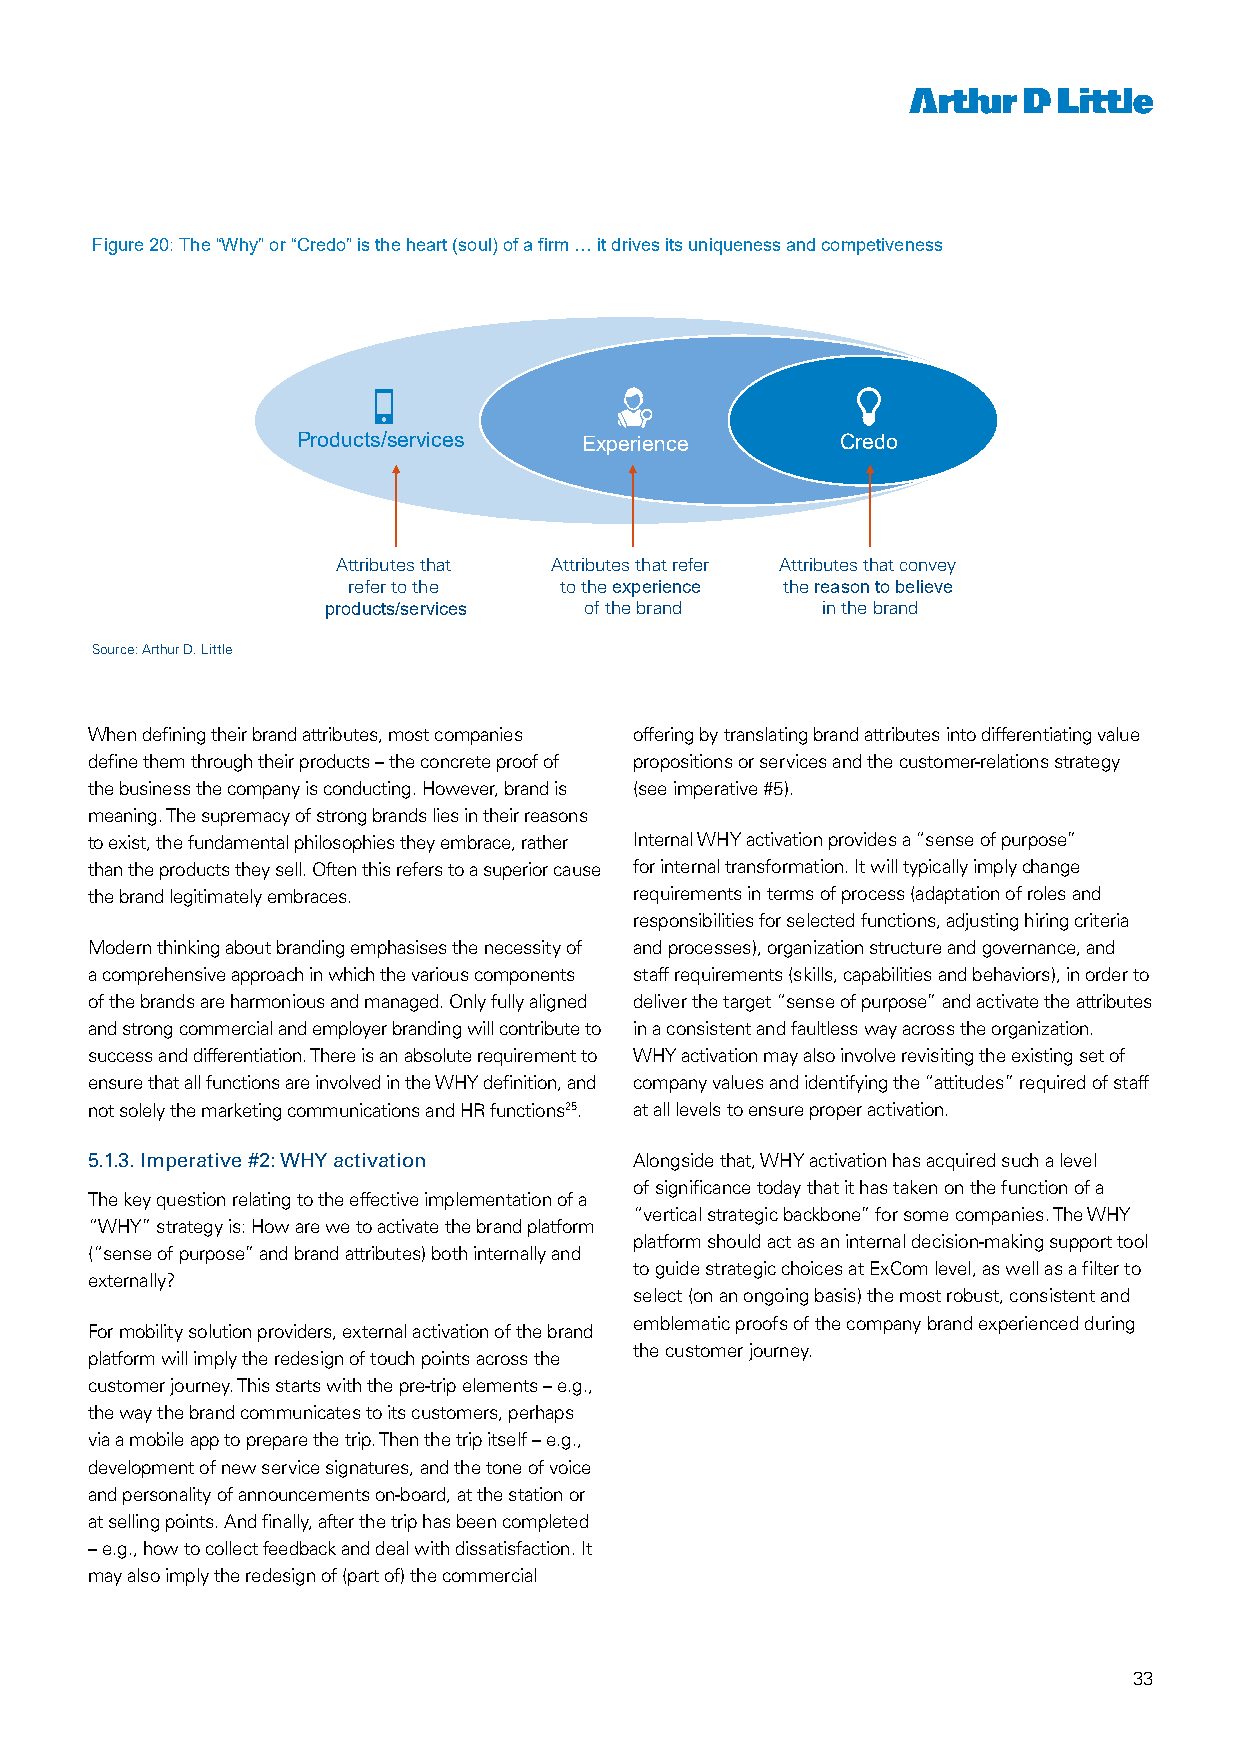
Figure 20: The “Why” or “Credo” is the heart (soul) of a firm … it drives its uniqueness and competiveness
 Products/services  Experience       Credo
 Attributes that Attributes that refer Attributes that convey
 refer to the  to the experience the reason to believe
 products/services of the brand  in the brand
 Source: Arthur D. Little
 When defining their brand attributes, most companies offering by translating brand attributes into differentiating value
 define them through their products – the concrete proof of propositions or services and the customer-relations strategy
 the business the company is conducting. However, brand is (see imperative #5).
 meaning. The supremacy of strong brands lies in their reasons
 to exist, the fundamental philosophies they embrace, rather Internal WHY activation provides a “sense of purpose”
 than the products they sell. Often this refers to a superior cause for internal transformation. It will typically imply change
 the brand legitimately embraces.    requirements in terms of process (adaptation of roles and
 responsibilities for selected functions, adjusting hiring criteria
 Modern thinking about branding emphasises the necessity of and processes), organization structure and governance, and
 a comprehensive approach in which the various components staff requirements (skills, capabilities and behaviors), in order to
 of the brands are harmonious and managed. Only fully aligned deliver the target “sense of purpose” and activate the attributes 20
 and strong commercial and employer branding will contribute to in a consistent and faultless way across the organization.
 success and differentiation. There is an absolute requirement to WHY activation may also involve revisiting the existing set of
 ensure that all functions are involved in the WHY definition, and company values and identifying the “attitudes” required of staff
 not solely the marketing communications and HR functions25. at all levels to ensure proper activation.
 5.1.3. Imperative #2: WHY activation Alongside that, WHY activation has acquired such a level
 of significance today that it has taken on the function of a
 The key question relating to the effective implementation of a
 “vertical strategic backbone” for some companies. The WHY
 “WHY” strategy is: How are we to activate the brand platform
 platform should act as an internal decision-making support tool
 (“sense of purpose” and brand attributes) both internally and
 to guide strategic choices at ExCom level, as well as a filter to
 externally?
 select (on an ongoing basis) the most robust, consistent and
 emblematic proofs of the company brand experienced during
 For mobility solution providers, external activation of the brand
 the customer journey.
 platform will imply the redesign of touch points across the
 customer journey. This starts with the pre-trip elements – e.g.,
 the way the brand communicates to its customers, perhaps
 via a mobile app to prepare the trip. Then the trip itself – e.g.,
 development of new service signatures, and the tone of voice
 and personality of announcements on-board, at the station or
 at selling points. And finally, after the trip has been completed
 – e.g., how to collect feedback and deal with dissatisfaction. It
 may also imply the redesign of (part of) the commercial
 33